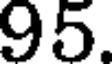
95.